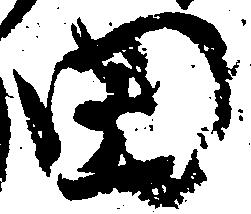
田